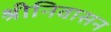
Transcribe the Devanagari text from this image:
श्रीनिवासन